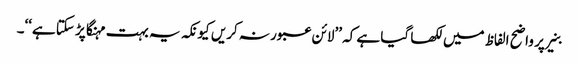
بنیر پر واضح الفاظ میں لکھا گیا ہے کہ ’’لائن عبور نہ کریں کیونکہ یہ بہت مہنگا پڑ سکتا ہے‘‘۔